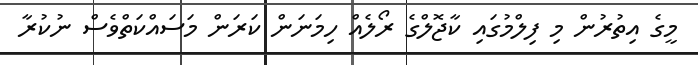
މީގެ އިތުރުން މި ފިލްމުގައި ކާޖޮލްގެ ރޯލެއް ހިމަނަން ކަރަން މަސައްކަތްވެސް ނުކުރާ